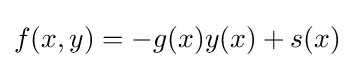
f(x,y)=-g(x)y(x)+s(x)